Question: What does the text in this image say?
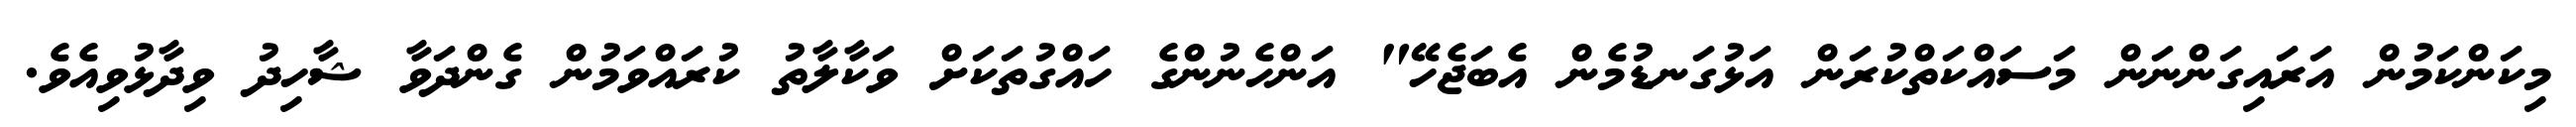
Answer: މިކަންކަމުން އަރައިގަންނަން މަސައްކަތްކުރަން އަޅުގަނޑުމެން އެބަޖެހޭ" އަންހެނުންގެ ހައްގުތަކަށް ވަކާލާތު ކުރައްވަމުން ގެންދަވާ ޝާހިދު ވިދާޅުވިއެވެ.